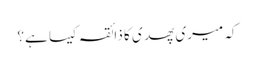
کہ میری پھدی کا ذائقہ کیسا ہے؟